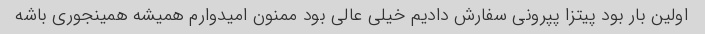
اولین بار بود پیتزا پپرونی سفارش دادیم خیلی عالی بود ممنون امیدوارم همیشه همینجوری باشه